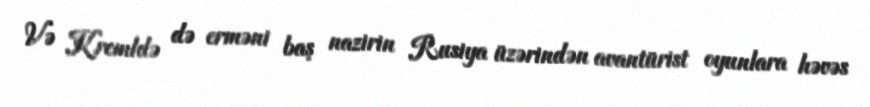
Və Kremldə də erməni baş nazirin Rusiya üzərindən avantürist oyunlara həvəs